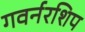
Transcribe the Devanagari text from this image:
गवर्नरशिप